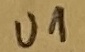
Text: U1